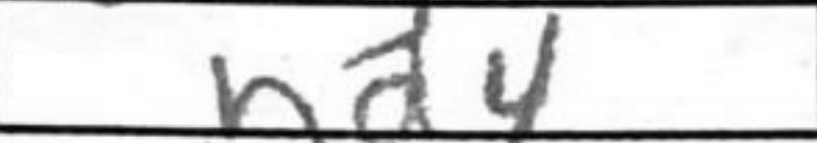
Transcription: hd4